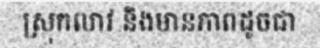
ស្រុកលាវ និងមានភាពដូចជា